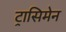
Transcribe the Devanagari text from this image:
ट्रासिमेन